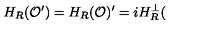
H _ { R } ( \mathcal { O } ^ { \prime } ) = H _ { R } ( \mathcal { O } ) ^ { \prime } = i H _ { R } ^ { \bot } (